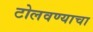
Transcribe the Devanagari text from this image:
टोलवण्याचा